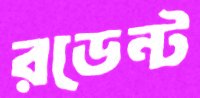
রডেন্ট